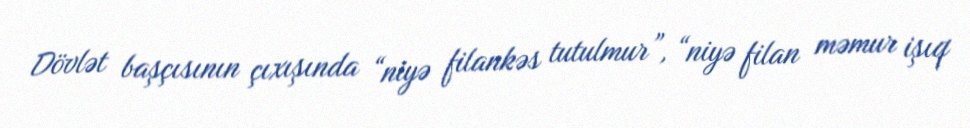
Dövlət başçısının çıxışında “niyə filankəs tutulmur”, “niyə filan məmur işıq